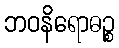
ဘဝနိရောဓဉ္စ